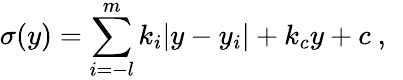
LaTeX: \sigma(y)=\sum_{i=-l}^{m}k_{i}|y-y_{i}|+k_{c}y+c~,~\,